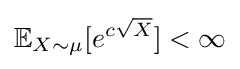
\mathbb {E} _{X\sim \mu }[e^{c{\sqrt {X}}}]<\infty